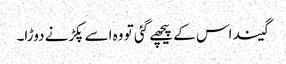
گیند اس کے پیچھے گئی تو وہ اسے پکڑنے دوڑا۔